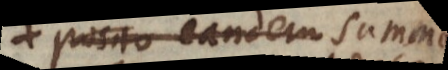
posito eandem summam